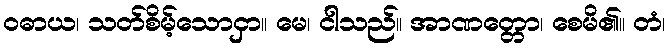
ဝဓာယ၊ သတ်စိမ့်သောငှာ။ မေ၊ ငါသည်။ အာဏတ္တော၊ စေမိ၏။ တံ၊